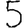
Digit: 5